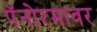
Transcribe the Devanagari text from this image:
पॅनोरमावर